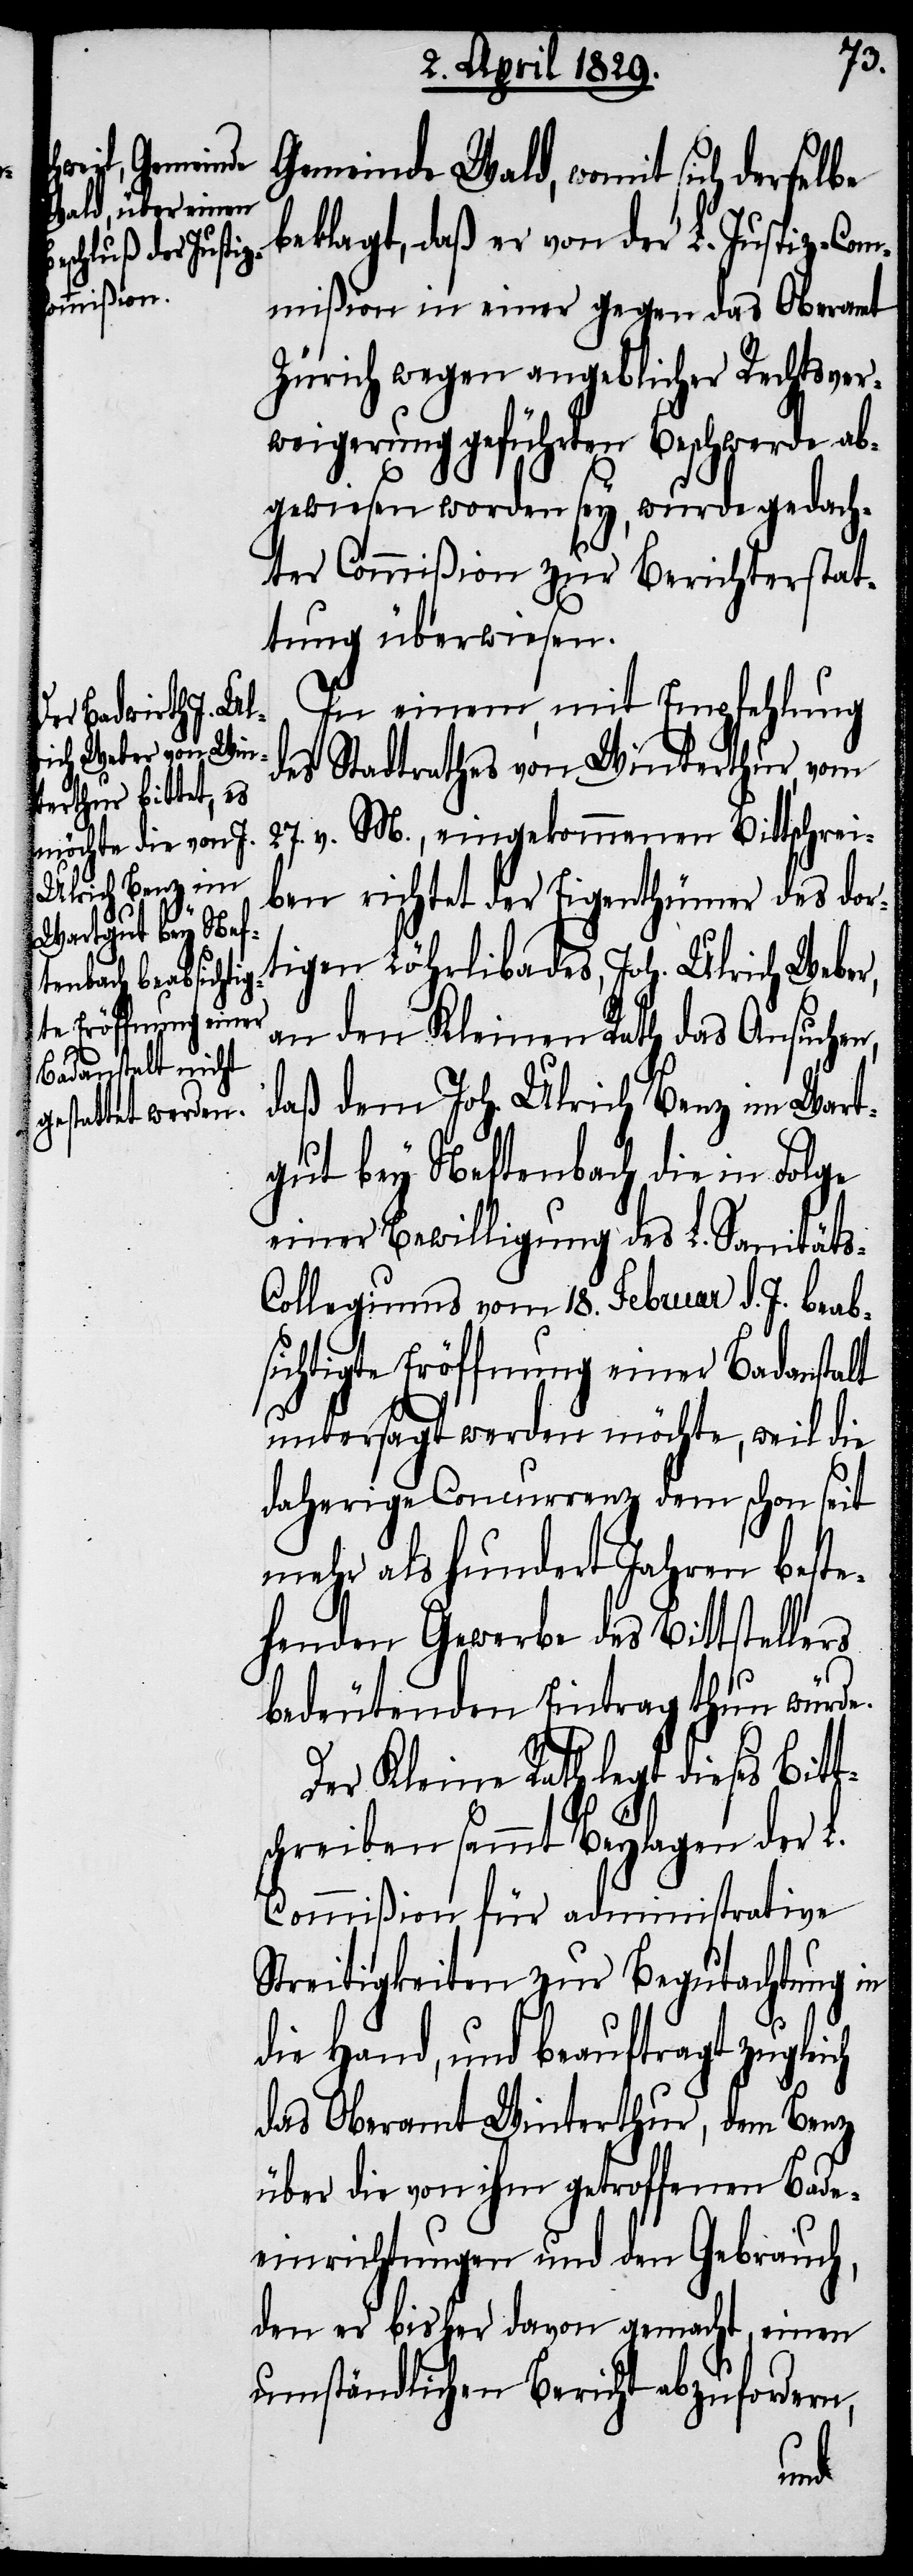
Gemeinde Wald, womit sich derselbe
beklagt, daß er von der L. Justiz-Com¬
mißion in einer gegen das Oberamt
Zürich wegen angeblicher Rechtsver¬
weigerung geführten Beschwerde ab¬
gewiesen worden sey, wurde gedach¬
ter Commißion zur Berichterstat¬
tung überwiesen.
In einem, mit Empfehlung
des Stadtrathes von Winterthur, vom
27. v. M., eingekommenen Bittschrei¬
ben richtet der Eigenthümer des dor¬
tigen Lährlibades, Joh. Ulrich Weber,
an den Kleinen Rath das Ansuchen,
daß dem Joh. Ulrich Benz im Wart¬
gut bey Neftenbach die in Folge
einer Bewilligung des L. Sanität¬
s-Collegiums vom 18. Februar d. J. beab¬
sichtigte Eröffnung einer Badanstalt
untersagt werden möchte, weil die
daherige Concurrenz dem schon seit
mehr als hundert Jahren beste¬
henden Gewerbe des Bittstellers
bedeutenden Eintrag thun würde.
Der Kleine Rath legt dieses Bitt¬
schreiben sammt Beylagen der L.
Commißion für administrative
Streitigkeiten zur Begutachtung in
die Hand, und beauftragt zugleich
das Oberamt Winterthur, dem Benz
über die von ihm getroffenen Bade¬
einrichtungen und den Gebrauch,
den er bisher davon gemacht, einen
umständlichen Bericht abzufordern,